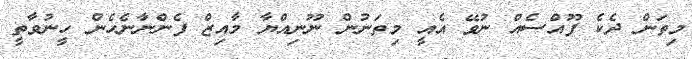
މިތަން ދެކެ ފޫއްސެއް ނުވޭ އެއީ މިތަނުން ނޫނިއްޔާ މާއިޒް ފެންނާނެހެން ހީނުވާތީ